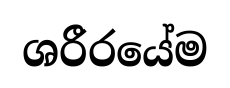
ශරීරයේම